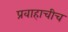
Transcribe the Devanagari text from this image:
प्रवाहाचीच